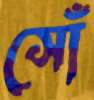
সোঁ